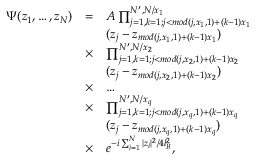
\begin{array} { l l l } { \Psi ( z _ { 1 } , \dots , z _ { N } ) } & { = } & { { \cal { A } } \prod _ { j = 1 , k = 1 ; j < m o d ( j , x _ { 1 } , 1 ) + ( k - 1 ) x _ { 1 } } ^ { N ^ { \prime } , N / x _ { 1 } } } \\ & & { ( z _ { j } - z _ { m o d ( j , x _ { 1 } , 1 ) + ( k - 1 ) x _ { 1 } } ) } \\ & { \times } & { \prod _ { j = 1 , k = 1 ; j < m o d ( j , x _ { 2 } , 1 ) + ( k - 1 ) x _ { 2 } } ^ { N ^ { \prime } , N / x _ { 2 } } } \\ & & { ( z _ { j } - z _ { m o d ( j , x _ { 2 } , 1 ) + ( k - 1 ) x _ { 2 } } ) } \\ & { \times } & { \dots } \\ & { \times } & { \prod _ { j = 1 , k = 1 ; j < m o d ( j , x _ { q } , 1 ) + ( k - 1 ) x _ { q } } ^ { N ^ { \prime } , N / x _ { q } } } \\ & & { ( z _ { j } - z _ { m o d ( j , x _ { q } , 1 ) + ( k - 1 ) x _ { q } } ) } \\ & { \times } & { e ^ { - i \sum _ { i = 1 } ^ { N } | z _ { i } | ^ { 2 } / 4 l _ { B } ^ { 2 } } , } \end{array}